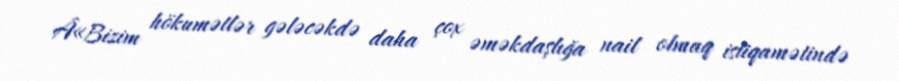
Â«Bizim hökumətlər gələcəkdə daha çox əməkdaşlığa nail olmaq istiqamətində